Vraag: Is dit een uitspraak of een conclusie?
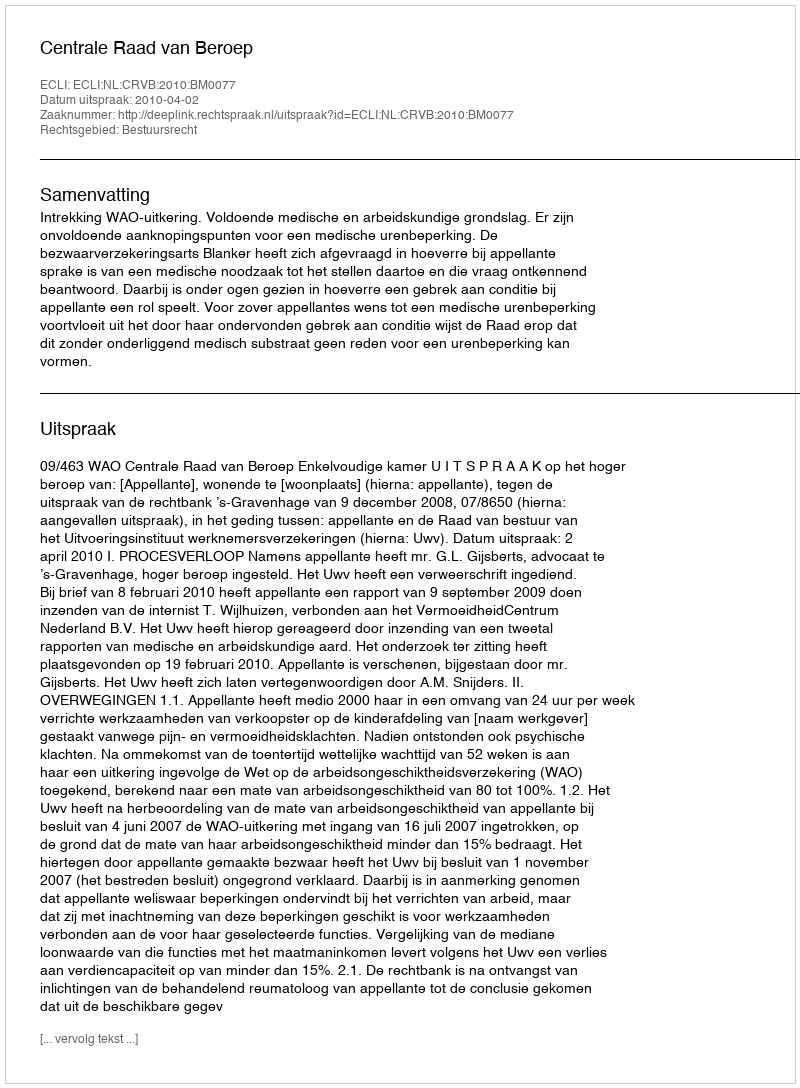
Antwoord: Uitspraak